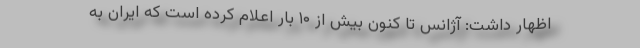
اظهار داشت: آژانس تا کنون بیش از ۱۰ بار اعلام کرده است که ایران به